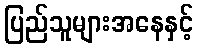
ပြည်သူများအနေနှင့်